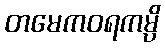
တမေကဝရကမ္ပိ